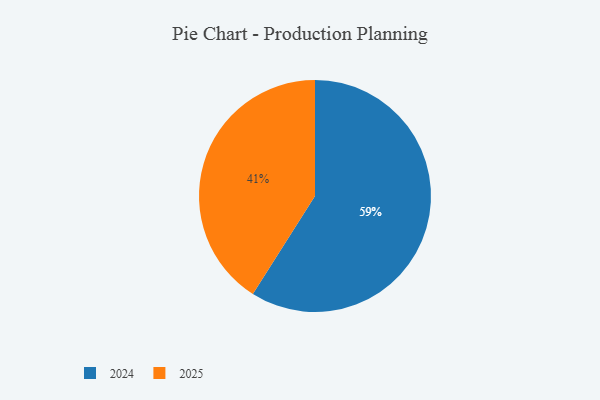
{"axis": {"x": "Category", "y": "Percentage"}, "legend": ["2024", "2025"], "data": [{"x": "2024", "y": 59, "type": "2024"}, {"x": "2025", "y": 41, "type": "2025"}]}